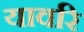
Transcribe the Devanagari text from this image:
यावरि